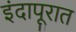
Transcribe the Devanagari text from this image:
इंदापूरात